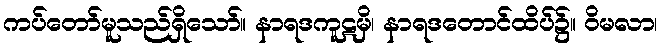
ကပ်တော်မူသည်ရှိသော်။ နာရဒကူဋမှိ၊ နာရဒတောင်ထိပ်၌။ ဝိမလာ၊